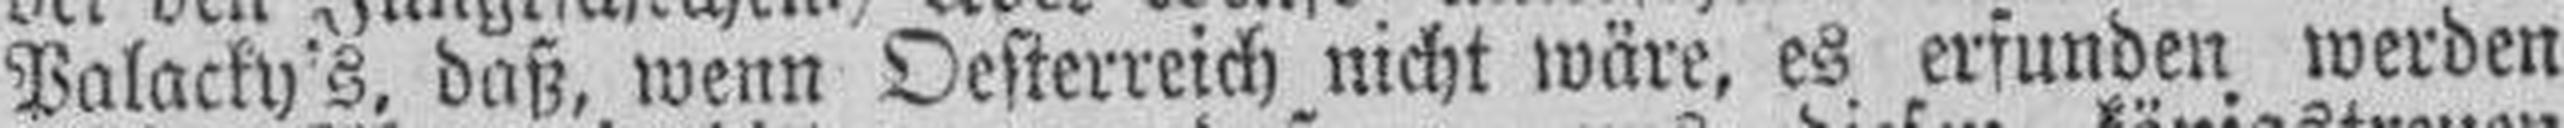
Palacky's, daß, wenn Oesterreich nicht wäre, es erfunden werden